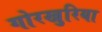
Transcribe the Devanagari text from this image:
गोरखुरिया